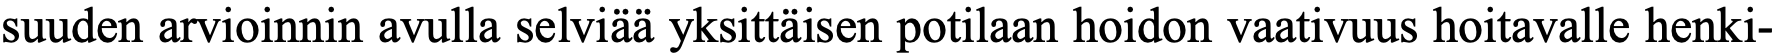
suuden arvioinnin avulla selviää yksittäisen potilaan hoidon vaativuus hoitavalle henki-